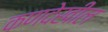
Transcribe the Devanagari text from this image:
कणदेखील